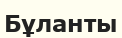
Бұланты